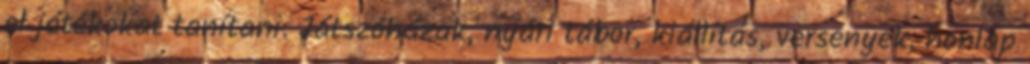
el játékokat tanítani. Játszóházak, nyári tábor, kiállítás, versenyek, honlap